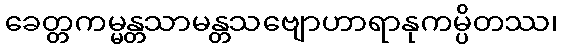
ခေတ္တကမ္မန္တသာမန္တသဗျောဟာရာနုကမ္ပိတဿ၊